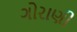
ગોરાણી